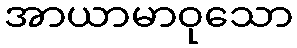
အာယာမာဝုသော